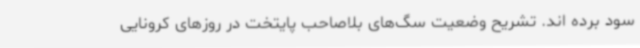
سود برده اند. تشریح وضعیت سگ‌های بلاصاحب پایتخت در روزهای کرونایی